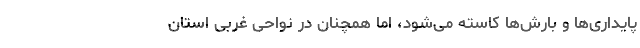
پایداری‌ها و بارش‌ها کاسته می‌شود، اما همچنان در نواحی غربی استان